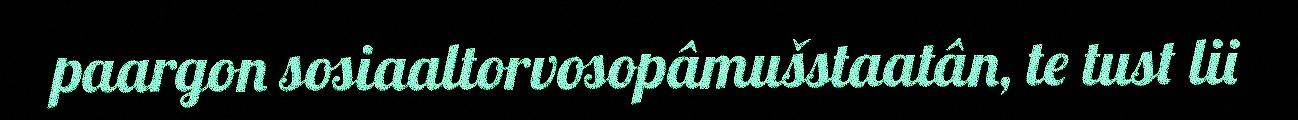
paargon sosiaaltorvosopâmušstaatân, te tust lii